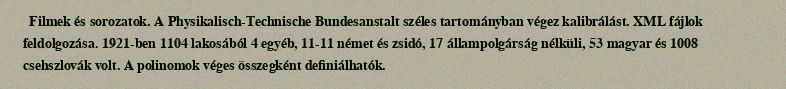
Filmek és sorozatok. A Physikalisch-Technische Bundesanstalt széles tartományban végez kalibrálást. XML fájlok feldolgozása. 1921-ben 1104 lakosából 4 egyéb, 11-11 német és zsidó, 17 állampolgárság nélküli, 53 magyar és 1008 csehszlovák volt. A polinomok véges összegként definiálhatók.